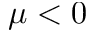
\mu < 0